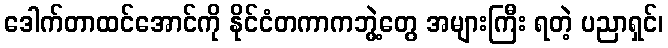
ဒေါက်တာထင်အောင်ကို နိုင်ငံတကာကဘွဲ့တွေ အများကြီး ရတဲ့ ပညာရှင်၊